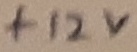
Text: +12V